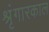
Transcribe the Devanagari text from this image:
श्रृंगारकाल